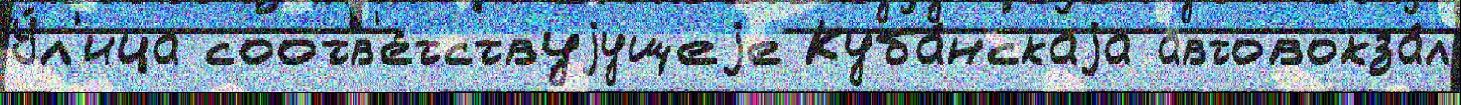
У́л'ица соотв'е́тствуjущеjе Куба́нскаjа автовокза́л